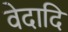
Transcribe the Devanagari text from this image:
वेदादि